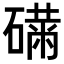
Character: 𥕾